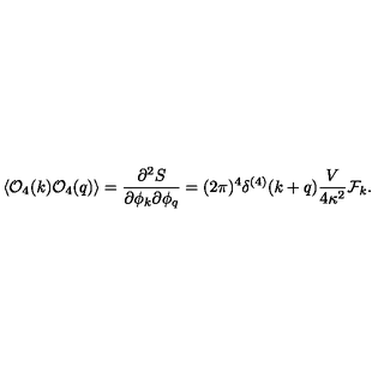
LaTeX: \langle { \cal O } _ { 4 } ( k ) { \cal O } _ { 4 } ( q ) \rangle = { \frac { \partial ^ { 2 } S } { \partial \phi _ { k } \partial \phi _ { q } } } = ( 2 \pi ) ^ { 4 } \delta ^ { ( 4 ) } ( k + q ) { \frac { V } { 4 \kappa ^ { 2 } } } { \cal F } _ { k } .